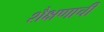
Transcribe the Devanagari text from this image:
शैक्षणाची